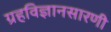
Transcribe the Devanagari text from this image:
ग्रहविज्ञानसारणी